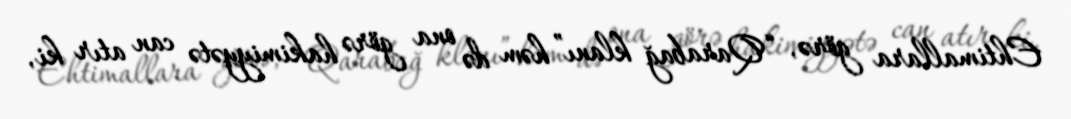
Ehtimallara görə, “Qarabağ klanı” həm də ona görə hakimiyyətə can atır ki,